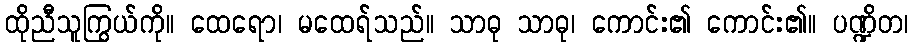
ထိုညီသူကြွယ်ကို။ ထေရော၊ မထေရ်သည်။ သာဓု သာဓု၊ ကောင်း၏ ကောင်း၏။ ပဏ္ဍိတ၊